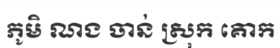
ភូមិ ណង ចាន់ ស្រុក គោក